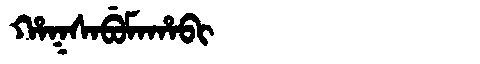
Manchu: ᡥᠠᡴᠰᠠᠪᡠᠮᠠᡥᠠᠪᡳ
Romanization: HAKSABUMAHABI